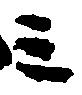
三